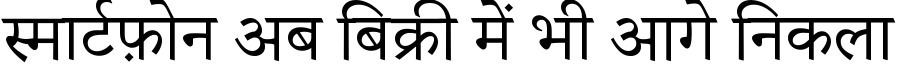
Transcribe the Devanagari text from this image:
स्मार्टफ़ोन अब बिक्री में भी आगे निकला